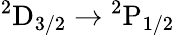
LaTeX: \mathrm{{}^{2}D_{3/2}\to{}^{2}P_{1/2}}